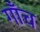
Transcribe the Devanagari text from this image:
गाँच